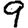
Digit: 9